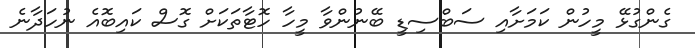
ގެންގުޅޭ މީހުން ކަމަށާއި ސަބްސިޑީ ބޭނުންވާ މީހާ ހޮޓާތަކަށް ގޮސް ކައިބޮއެ ނުހަދާނެ